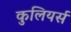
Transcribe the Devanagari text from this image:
कुलियर्स